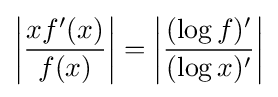
\left|{\frac {xf'(x)}{f(x)}}\right|=\left|{\frac {(\log f)'}{(\log x)'}}\right|